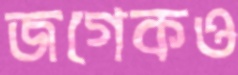
জগেকও